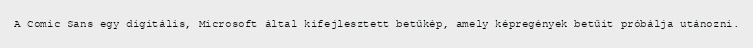
A Comic Sans egy digitális, Microsoft által kifejlesztett betűkép, amely képregények betűit próbálja utánozni.